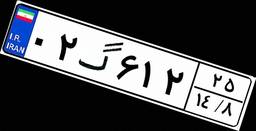
۲۷گ۸۴۷۹۵